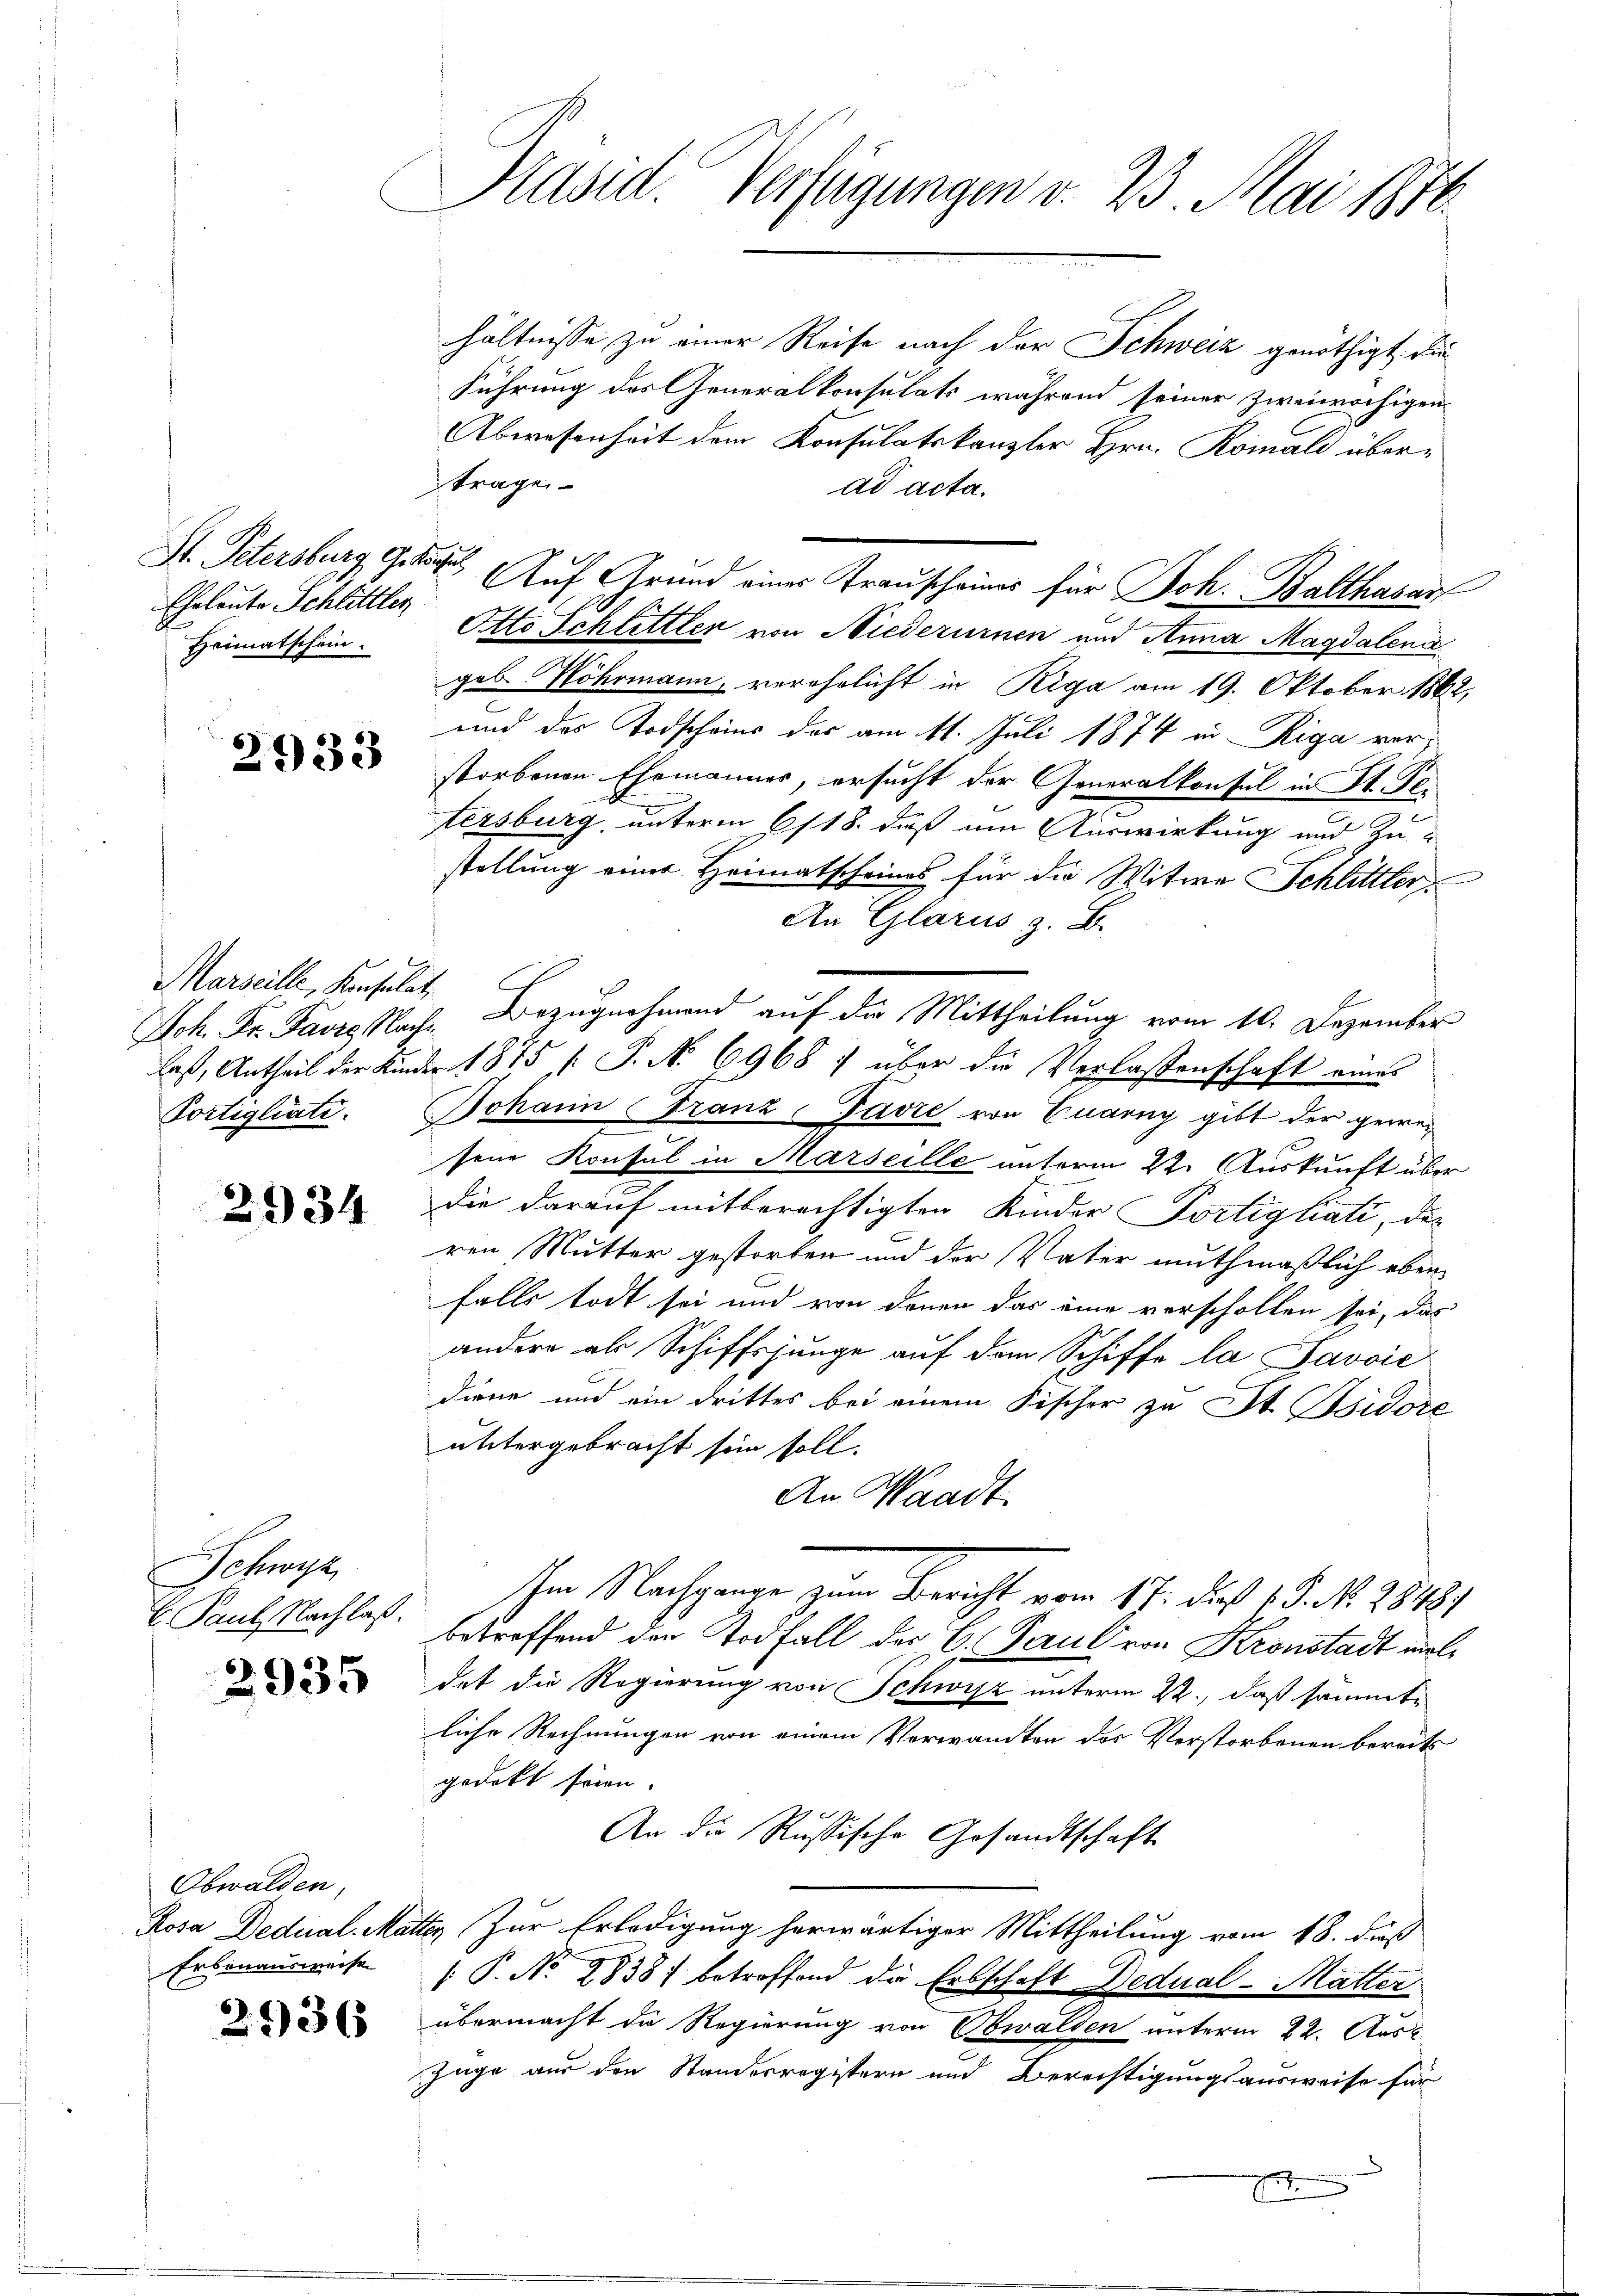
Cheleute Schlittler
Heimatschein.

2733

Marseille, Konsulat,

¬
2334

Schwyz
E. Paul, Nachlaß.

2935

Obwalden,
Erbinausweise

2936

Präsid. Verfügungen v. 23. Mai 1876

hältnisse zu einer Reise nach der Schweiz genöthigt, die
Führung des Generalkonsulats während seiner zweiwöchigen
Abwesenheit dem Konsulatskanzler Hrn. Romali über-
trage
ad acta.
Otto Schlittler von Niederurnen und Anna Magdalena
geb Wöhrmann, verehrlicht in Riga am 19. Oktober 1862,
und das Todschaus der am 11. Juli 1874 in Riga vorstorbenen Ehemannes, ersucht der Generalkonsul in St. Ge-
tersburg, unterm 6/18. daß um Auswirkung und Zustellung einer Heimatscheines für die Witwe Schlittler
An Glarus z. B.
Joh. Fr. Favre Nach Bezugnahmend auf die Mittheilung vom 10. Dezember
las, Antheil der Kinder 1875 ( P. N. 6968) über die Verlassenschaft eines
Portigliati. Johann Franz-Favre von Quarny gibt der gewesene Konsul in Marseille unterm 22. Auskunft über
die darauf mitberechtigten Kinder Portigliati, der
ren Mutter gestorben und der Vater muthmaßlich eben
falls todt sei und von denen das eine verschollen sei, das
andere als Schiffsjunge auf dem Schiffe la Savoić
diene und ein drittes bei einem Fischer zu St. Isidore
untergebracht sein soll.
An Waadt.
schen Nachgange zum Bericht vom 17. d. 15. No. 28184
betreffend den Todfall der C. Paul von Kronstadt vieldet die Regierung von Schwyz unterm 22., daß sämmtliche Rechnungen von einem Vorwandten des Verstorbenen bereits
gedeckt seien.
An die Russische Gesandtschaft
Rosa Dedual-Mattes Zur Erledigung herwärtiger Mittheilung vom 18. dieß
 P. Nr. 2838) betroffend die Erbschaft Dedual- Mutter
übermacht die Regierung von Obwalden unterm 22. Aus
Zuge aus den Standesregistern und Berechtigungsausweise für

St. Petersburg, Ges. Auf Grund einer Trauscheines für Joh. Balthasar

1